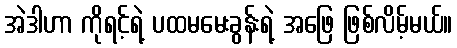
အဲဒါဟာ ကိုရင့်ရဲ့ ပထမမေးခွန်းရဲ့ အဖြေ ဖြစ်လိမ့်မယ်။